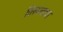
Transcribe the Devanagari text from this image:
विस्मयाचा